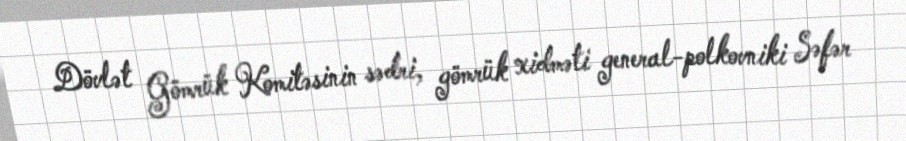
Dövlət Gömrük Komitəsinin sədri, gömrük xidməti general-polkovniki Səfər